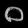
Digit: ၀